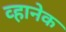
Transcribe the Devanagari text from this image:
व्हानेक